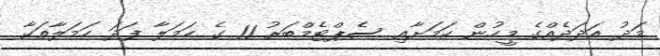
މަދު އަދަދެއްގެ މީހުން ކަމަށާއި ސެޕްޓެމްބަރު 11 ގެ ހަމަލާ ފަދަ ހަމަލާތަކާ